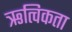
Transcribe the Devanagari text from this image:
ऋत्विकता